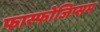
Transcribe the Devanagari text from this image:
फास्फोजिप्सम